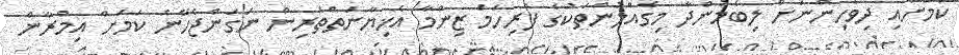
ކަމަށާއި ދިވެހިންނަށް ލިބެމުންދާ މިގެއްލުންތަކުގެ ފުރިހަމަ ޒިންމާ އެޚިޔާނަތްތެރިން ނަގަންޖެހޭނެ ކަމަށް އިމްރާން